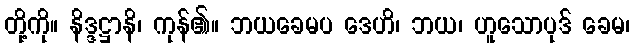
တို့ကို။ နိဒ္ဒဋ္ဌာနိ၊ ကုန်၏။ ဘယခေမပ ဒေဟိ၊ ဘယ၊ ဟူသောပုဒ် ခေမ၊